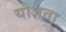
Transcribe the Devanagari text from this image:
योज्ञता